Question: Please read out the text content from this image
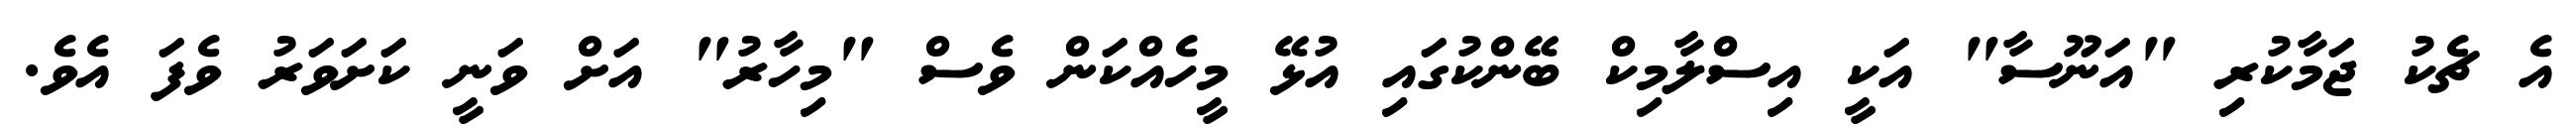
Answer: އެ ޗެކު ޖަމާކުރި "އަނޫސާ" އަކީ އިސްލާމިކް ބޭންކުގައި އުޅޭ މީހެއްކަން ވެސް "މިހާރު" އަށް ވަނީ ކަށަވަރު ވެފަ އެވެ.